Report on sanitation, dispensaries, and jails in Rajputana for 1915, and on vaccination for the year 1915-1916 - 1915-1916
Year: 1915
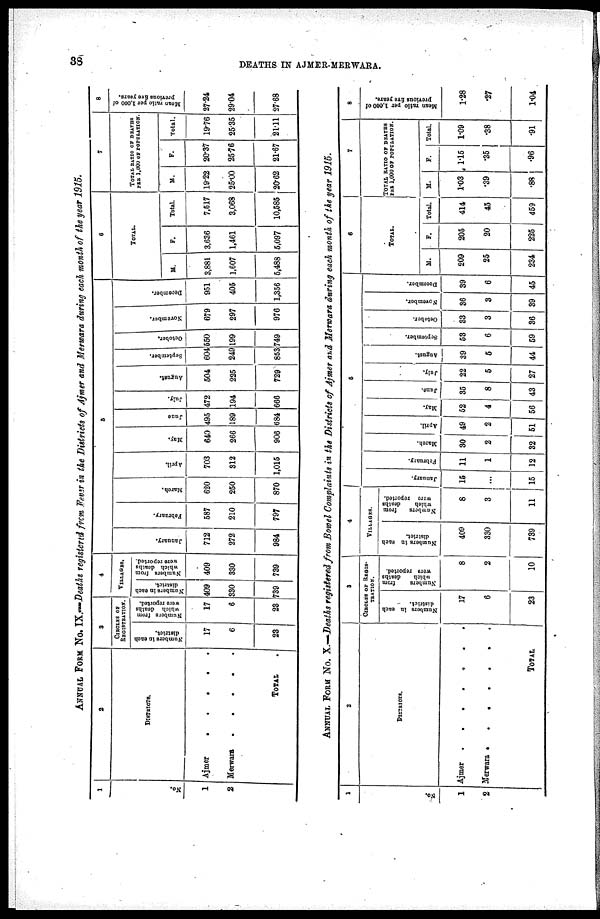
38
DEATHS IN AJMER-MERWARA.
ANNUAL FORM No. IX.—Deaths registered from Fever in the Districts of Aimer and Merwara during each month of the year 1915.
1
No.
1
2
2
DISTRICTS.
Ajmer . . . .
Merwara . . . .
TOTAL .
3
CIRCLES OF
REGISTRATION.
Number in each
district.
17
6
23
Number form
which deaths
were reported.
17
6
23
.
VILLAGES.
Numbers in each
district.
409
330
739
Numbers from
which deaths
were reported.
409
330
739
5
January.
712
272
984
February.
587
210
797
March.
620
250
870
April.
703
312
1,015
May.
640
266
906
June
495
189
684
July.
472
194
666
August.
504
225
729
September.
604
249
853
October.
550
199
749
November.
679
297
976
December.
951
405
1,356
6
TOTAL.
M.
3,881
1,607
5,488
F.
3,636
1,461
5,097
Total
7,517
3,068
10,585
7
TOTAL RATIO OF DEATHS
PER 1,000 OF POPULATION.
M.
19.22
25.00
20.62
F.
20.37
25.76
21.67
Total.
19.76
25.35
21.11
8
Mean ratio per 1,000 of
previous fire years.
27.24
29.04
27.68
ANNUAL FORM No. X.—Deaths registered from Bowel Complaints in the Districts of Aimer and Merwara during each month of the year 1915.
1
No.
1
2
2
DISTRICTS.
Ajmer . . . .
Merwara . . .
TOTAL .
3
CIRCLES OF REGIS-
TRATION.
Numbers In each
district.
17
6
23
Numbers
from
which
deaths
were reported.
8
2
10
4
VILLAGES.
Numbers in each
district.
409
330
739
Numbers
from
which
deaths
were reported.
8
3
11
5
January.
15
...
15
February.
11
1
12
March.
30
2
32
April.
49
2
51
May.
52
4
56
June.
35
8
43
July.
22
5
27
August.
39
5
44
September.
53
6
59
October.
33
3
36
November.
36
3
39
December.
39
6
45
6
TOTAL.
M.
209
25
234
F.
205
20
225
Total.
414
45
469
7
TOTAL RATIO OF DEATHS
PER 1,000 OF POPULATION.
M.
1.03
.39
.88
F.
1.15
.35
.96
Total.
1.09
.38
.91
8
Mean ratio per 1,000 of
prerious five years.
1.28
.27
1.04